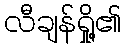
လီချန်ရှို့၏